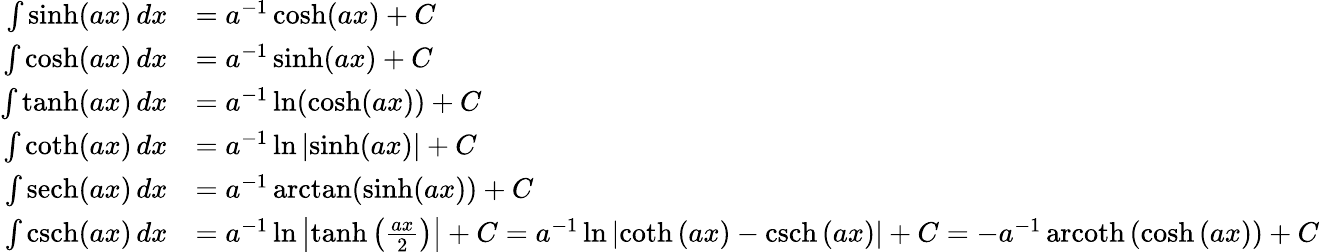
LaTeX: {\begin{array}{rl}{\int\sinh(ax)\, dx}&{=a^{-1}\cosh(ax)+C}\\ {\int\cosh(ax)\, dx}&{=a^{-1}\sinh(ax)+C}\\ {\int\operatorname{tanh}(ax)\, dx}&{=a^{-1}\ln(\cosh(ax))+C}\\ {\int\coth(ax)\, dx}&{=a^{-1}\ln\left|\sinh(ax)\right|+C}\\ {\int\operatorname{sech}(ax)\, dx}&{=a^{-1}\arctan(\sinh(ax))+C}\\ {\int\operatorname{csch}(ax)\, dx}&{=a^{-1}\ln\left|\operatorname{tanh}\left({\frac{ax}{2}}\right)\right|+C=a^{-1}\ln\left|\coth\left(ax\right)-\operatorname{csch}\left(ax\right)\right|+C=-a^{-1}\operatorname{arcoth}\left(\cosh\left(ax\right)\right)+C}\end{array}}